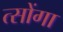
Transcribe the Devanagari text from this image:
त्सोंगा